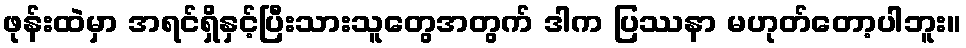
ဖုန်းထဲမှာ အရင်ရှိနှင့်ပြီးသားသူတွေအတွက် ဒါက ပြဿနာ မဟုတ်တော့ပါဘူး။